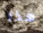
هذا